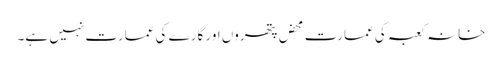
خانہ کعبہ کی عمارت محض پتھروں اور گارے کی عمارت نہیں ہے۔